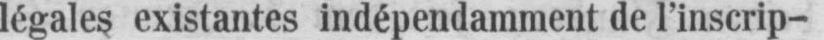
légales existantes indépendamment de l’inscrip-